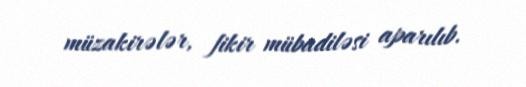
müzakirələr, fikir mübadiləsi aparılıb.